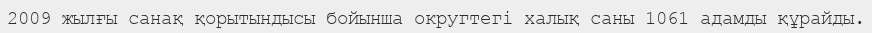
2009 жылғы санақ қорытындысы бойынша округтегі халық саны 1061 адамды құрайды.